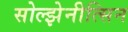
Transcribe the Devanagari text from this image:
सोल्झेनीत्सिन